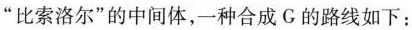
”比索洛尔”的中间体，一种合成G的路线如下：